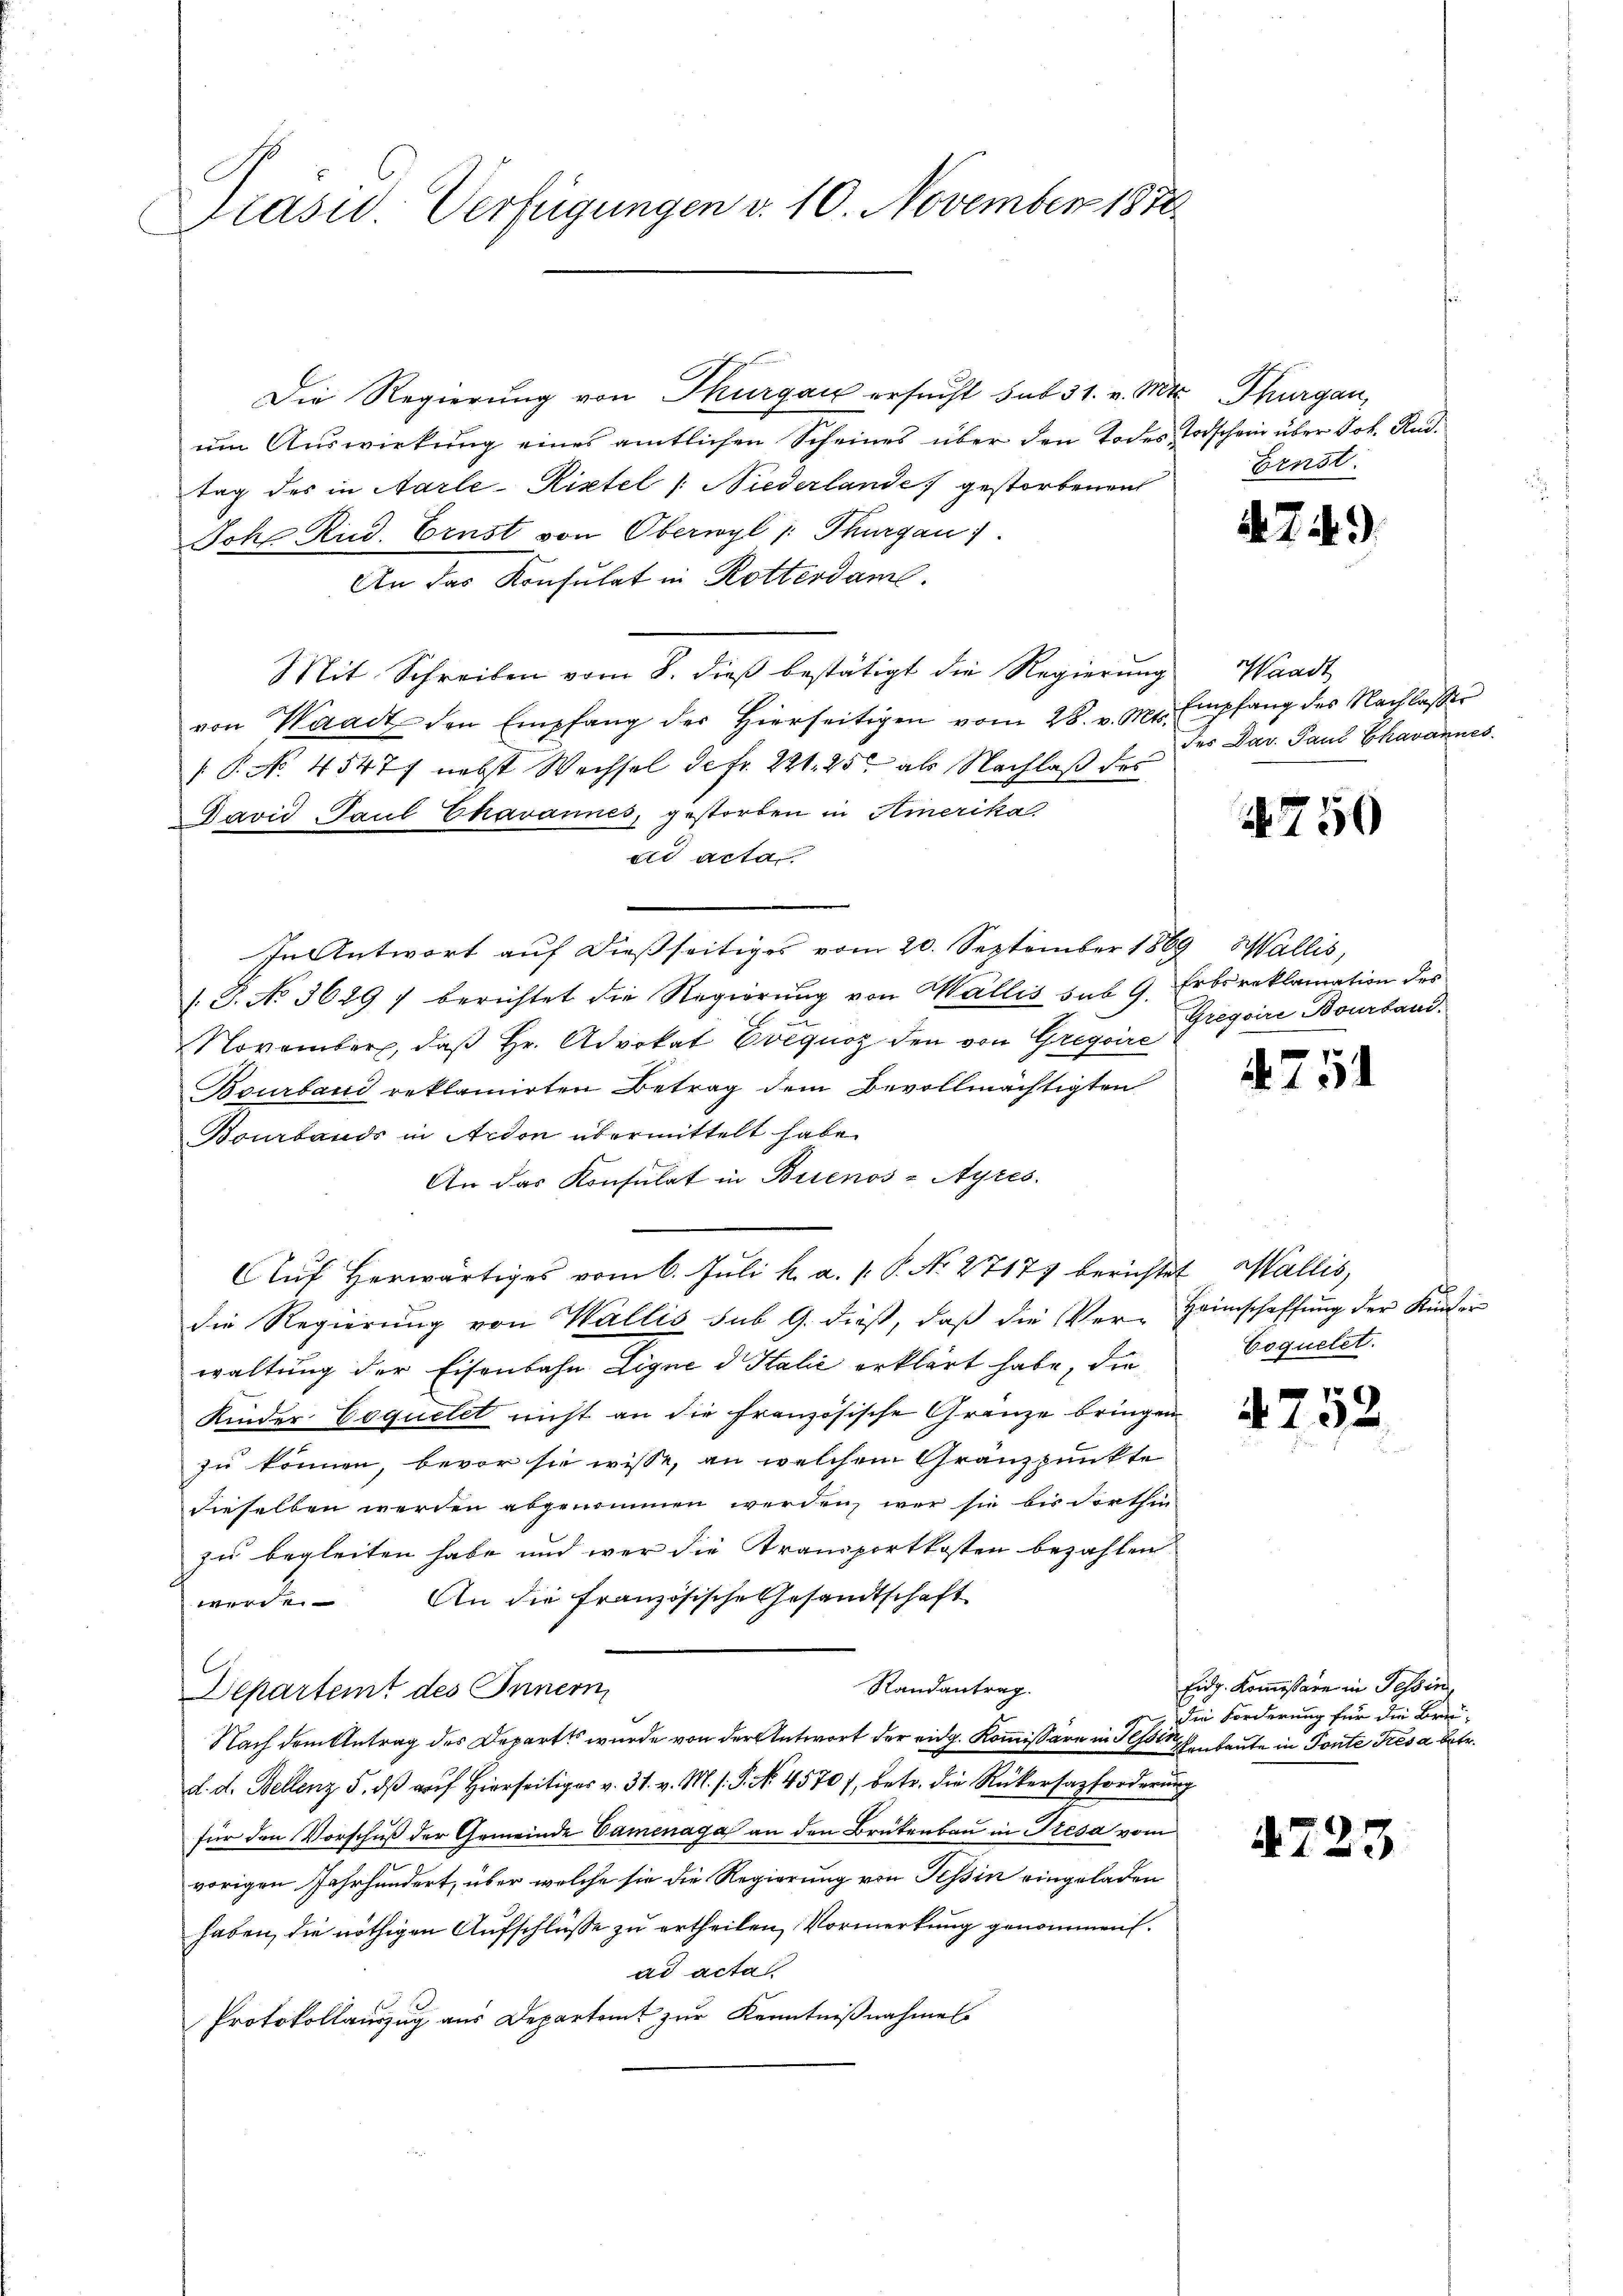
Präsid. Verfügungen v. 10. November 1870

Die Regierung von Thurgau ersucht sub 31. v. Mt
um Auswirkung eines amtlichen Scheines über den Todestag des in Aarle-Riptel /: Niederlande gestorbenen
Johe Rud. Ernst von Oberwyl /: Thurgau).
An das Konsulat in Rotterdame.
Mit Schreiben vom 8. dieβ bestätigt die Regierŭng Waadt
von Waadt den Empfang der hierseitigen vom 28. v. Mts. Empfang des Nachlasser
[P. No. 4547 nebst Wechsel de fr. 221. 25 als Nachlaß des
David Paul Chavannes, gestorben in Hinerika,
d acta
In Antwort aŭf dießseitiges vom 20. September 1869, Wallis,
/. P. No 3629 f berichtet die Regierung von Wallis sub 9.
November, daß Hr. Advokat Evequos den von Gregoire
Bourband reklamirten Betrag dem Bevollmächtigten
Bourbands in Ardon übermittelt habe.
An das Konsulat in Buenos-Ayres.
Auf herwärtiges vom 6. Juli k. a. 1. P. No 27177 berichtet Wallis,
die Regierung von Wallis sub 9. dieß, daß die Ver-
waltung der Eisenbahn Ligne d. Halić erklärt habe, die
Kinder Coquetet nicht an die französische Gränze bringen
zu können, bevor sie wisse, an welchem Granzpunkte
dieselben werden abgenommen werden, wer sie bis dorthin
zu begleiten habe und wer die Transportkosten bezahlen
wurde. An die französische Gesandtschaft
Randantrag.
Departeit des Innern
Nach dem Antrag des Departs wurde von der Antwort der eidg. Kommissäre in Festehenbaute in Ponte Tresa betr.
d. d. Bellenz, 5. dβ aŭf hierseitig v. 31. v. M. P. Nr. 45707, betr. die Rükersazforderung
für den Vorschuß der Gemeinde Camenaga an den Brükenbau in Presa vom
vorigen Jahrhundert, über welche sie die Regierung von Tessin eingeladen
haben, die nöthigen Aufschlüsse zu ertheilen, Vormerkung genommen.
ad acta
Protokollauszug aus Departeit zur Kenntnißnahmen

Thurgau,
Todschein über Joh. Rud.
Ernst.

.

.

der Dar. Paul Ekavannes

4750

Erbs reklamation des
Gregoire Bourband.

4751

¬
Heimschaffung der Kinder
Coquetet.

4752

Eidg. Kommissäre in Tessin,
die Forderung für die Brei¬

A723